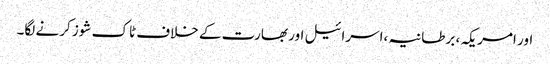
اور امریکہ ، برطانیہ ،اسرائیل اور بھارت کے خلاف ٹاک شوز کرنے لگا۔